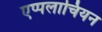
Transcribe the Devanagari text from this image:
एप्पलाचियन